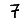
Digit: 7